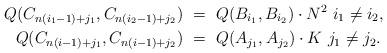
LaTeX: \begin{align*}Q(C_{n(i_1-1) + j_1},C_{n(i_2-1) + j_2}) \ &= \ Q(B_{i_1},B_{i_2}) \cdot N^2 \ i_1 \not= i_2,\\ Q(C_{n(i-1) + j_1},C_{n(i-1) + j_2}) \ &= \ Q(A_{j_1},A_{j_2}) \cdot K \ j_1 \not= j_2. \end{align*}